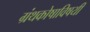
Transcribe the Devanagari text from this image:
ग्रंथकोषाविषयी